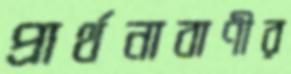
প্রার্থনাবাণীর